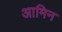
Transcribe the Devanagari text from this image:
आमिन